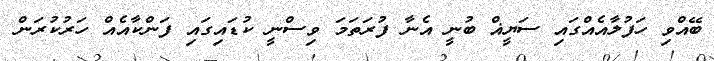
ބޭއްވި ހަފުލާއެއްގައި ސަޔީޣް ބުނީ އެނާ ފުރަތަމަ ވިސްނީ ކުޑަައިިގައި ފަންކާއެއް ހަރުކުރަން